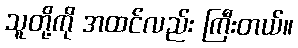
သူတို့ကို အထင်လည်း ကြီးတယ်။